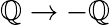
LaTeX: \mathbb{Q}\rightarrow-\mathbb{Q}